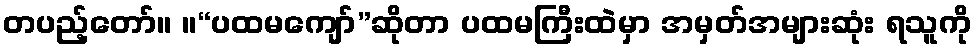
တပည့်တော်။ ။“ပထမကျော်”ဆိုတာ ပထမကြီးထဲမှာ အမှတ်အများဆုံး ရသူကို